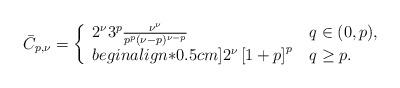
LaTeX: \begin{align*} \bar C_{p,\nu} = \left\{ \begin{array}{ll}2^{\nu}3^p \frac{\nu^\nu}{p^p(\nu-p)^{\nu-p}} & \, q \in (0,p), \\begin{align*}0.5cm]2^{\nu} \left[ 1+ p\right]^p & \, q \ge p.\end{array} \right.\end{align*}